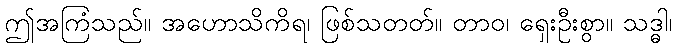
ဤအကြံသည်။ အဟောသိကိရ၊ ဖြစ်သတတ်။ တာဝ၊ ရှေးဦးစွာ။ သဒ္ဓါ၊